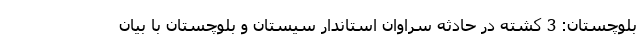
بلوچستان: 3 کشته در حادثه سراوان استاندار سیستان و بلوچستان با بیان